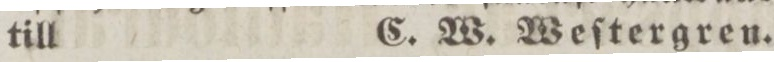
till C. W. Weſtergren.